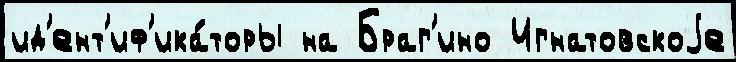
ид'ент'иф'ика́торы на Браг'ино Игнатовскоjе